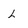
Character: L